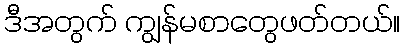
ဒီအတွက် ကျွန်မစာတွေဖတ်တယ်။